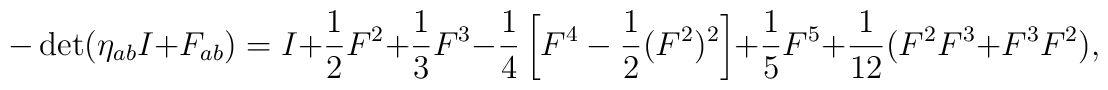
-\det(\eta_{ab} I + F_{ab}) = I + \frac{1}{2}F^2 + \frac{1}{3}F^3 -\frac{1}{4}\left[F^4 - \frac{1}{2}(F^2)^2\right] + \frac{1}{5}F^5 +\frac{1}{12}(F^2F^3 + F^3F^2),